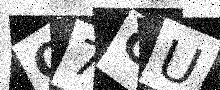
Text: Q7CU